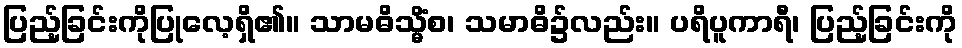
ပြည့်ခြင်းကိုပြုလေ့ရှိ၏။ သာမဓိသ္မိံစ၊ သမာဓိ၌လည်း။ ပရိပူကာရီ၊ ပြည့်ခြင်းကို